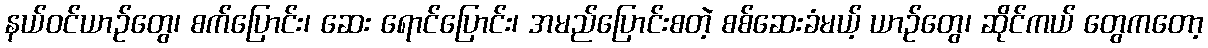
နယ်ဝင်ယာဉ်တွေ၊ စက်ပြောင်း၊ ဆေး ရောင်ပြောင်း၊ အမည်ပြောင်းစတဲ့ စစ်ဆေးခံမယ့် ယာဉ်တွေ၊ ဆိုင်ကယ် တွေကတော့